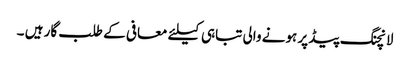
لانچنگ پیڈ پر ہونے والی تباہی کیلئے معافی کے طلب گار ہیں ۔